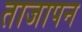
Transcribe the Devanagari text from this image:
ताजापन